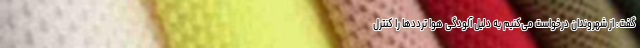
گفت: از شهروندان درخواست می‌کنیم به دلیل آلودگی‌ هوا ترددها را کنترل